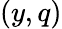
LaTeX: (y,q)